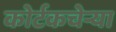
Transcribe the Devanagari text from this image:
कोर्टकचेर्‍या